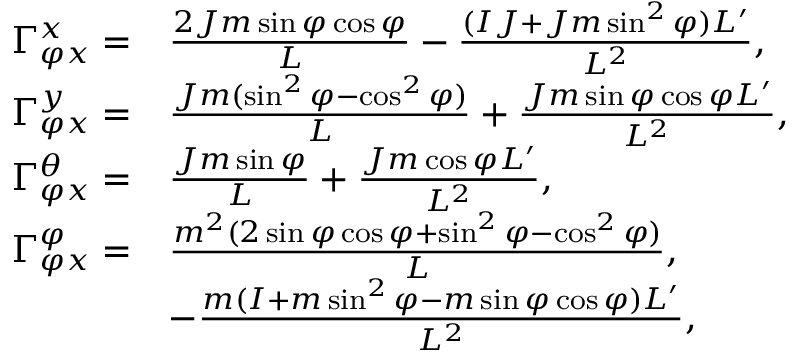
\begin{array} { r l } { \Gamma _ { \varphi x } ^ { x } = } & { \frac { 2 J m \sin \varphi \cos \varphi } { L } - \frac { ( I J + J m \sin ^ { 2 } \varphi ) L ^ { \prime } } { L ^ { 2 } } , } \\ { \Gamma _ { \varphi x } ^ { y } = } & { \frac { J m ( \sin ^ { 2 } \varphi - \cos ^ { 2 } \varphi ) } { L } + \frac { J m \sin \varphi \cos \varphi L ^ { \prime } } { L ^ { 2 } } , } \\ { \Gamma _ { \varphi x } ^ { \theta } = } & { \frac { J m \sin \varphi } { L } + \frac { J m \cos \varphi L ^ { \prime } } { L ^ { 2 } } , } \\ { \Gamma _ { \varphi x } ^ { \varphi } = } & { \frac { m ^ { 2 } ( 2 \sin \varphi \cos \varphi + \sin ^ { 2 } \varphi - \cos ^ { 2 } \varphi ) } { L } , } \\ & { - \frac { m ( I + m \sin ^ { 2 } \varphi - m \sin \varphi \cos \varphi ) L ^ { \prime } } { L ^ { 2 } } , } \end{array}